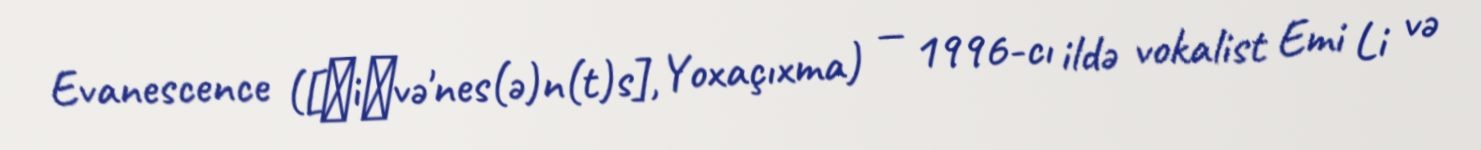
Evanescence ([ˌiːvə'nes(ə)n(t)s], Yoxaçıxma) — 1996-cı ildə vokalist Emi Li və